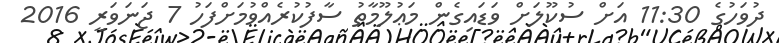
ދުވަހުގެ 11:30 އަށް ސުކޫލަށް ވަޑައިގެން މަޢުލޫމާތު ސާފުކުރެއްވުމަށްފަހު 7 ޖަނަވަރީ 2016